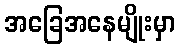
အခြေအနေမျိုးမှာ